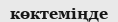
көктеміңде